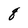
Character: 8